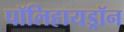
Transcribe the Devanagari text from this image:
पॉलिहायड्रॉन